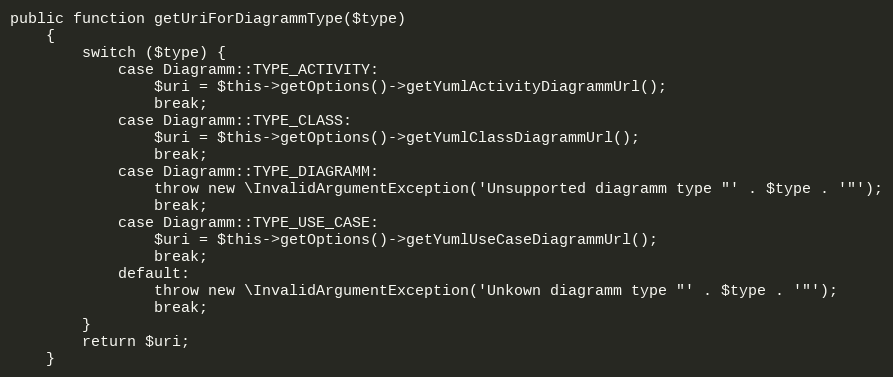
Language: PHP
public function getUriForDiagrammType($type)
    {
        switch ($type) {
            case Diagramm::TYPE_ACTIVITY:
                $uri = $this->getOptions()->getYumlActivityDiagrammUrl();
                break;
            case Diagramm::TYPE_CLASS:
                $uri = $this->getOptions()->getYumlClassDiagrammUrl();
                break;
            case Diagramm::TYPE_DIAGRAMM:
                throw new \InvalidArgumentException('Unsupported diagramm type "' . $type . '"');
                break;
            case Diagramm::TYPE_USE_CASE:
                $uri = $this->getOptions()->getYumlUseCaseDiagrammUrl();
                break;
            default:
                throw new \InvalidArgumentException('Unkown diagramm type "' . $type . '"');
                break;
        }
        return $uri;
    }